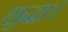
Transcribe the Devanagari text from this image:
शुद्धा।